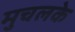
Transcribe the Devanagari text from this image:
मुचलके